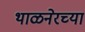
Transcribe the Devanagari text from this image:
थाळनेरच्या